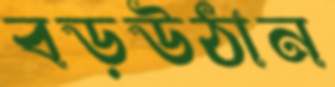
বড়উঠান